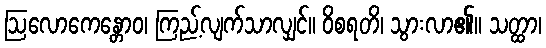
ဩလောကေန္တောဝ၊ ကြည့်လျက်သာလျှင်။ ဝိစရတိ၊ သွားလာ၏။ သတ္ထာ၊